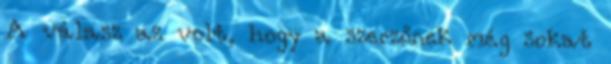
A válasz az volt, hogy a szerzőnek még sokat